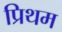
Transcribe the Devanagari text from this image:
प्रिथम